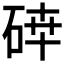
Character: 𥓈